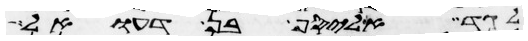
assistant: לגד אליסף בן דעואל